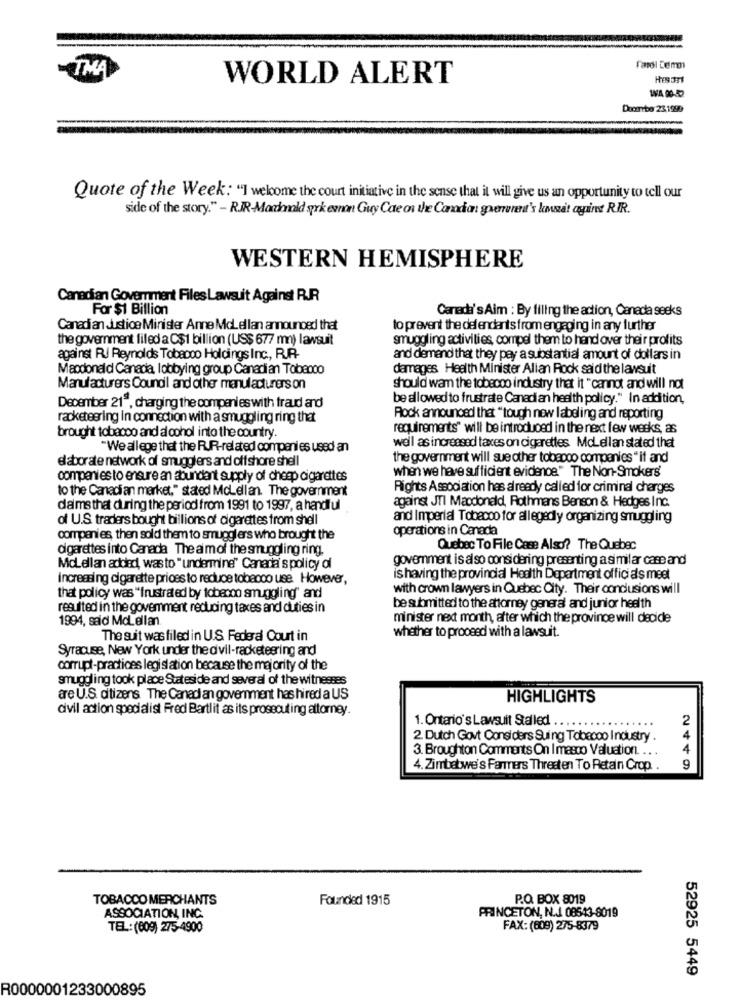
-TMA
farol Demo
WORLD ALERT
Docnebo 23, 1999
Quote of the Week: "I welcome the court initiative in the sense that it will give us an opportunity to tell our
side of the story." - RJR-Macdonald sprk evnon Guy Cate on the Canadian grenvred's lmsit agains RIR.
WESTERN HEMISPHERE
Canadian Government Files Lawsuit Against RJR
For $1 Billion
Canad:'s Aim : By filling the action, Canada seeks
Canadian Justice Minister Anne Mclellan announced that
to prevent the def endants from engaging in any further
the government filed a C$1 billion (US$ 677 mn) lawsuit
smuggling activities, compel them to hand over their profits
against RJ Reynolds Tobacco Holdings Inc ., R.R
and demand that they pay a substantial amount of dollars in
Macdonald Canada, lobbying group Canadian Tobacco
damages Health Minister Allan Rock said the lawsuit
Manufacturers Coundil and other manufacturers on
should wam the tobacco industry that it " cannot and will not
be allowed to frustrate Canadian health policy." In addition,
December 219, charging the companies with fraud and
racketeering in connection with a smuggling ring that
Rock announced that "tough new labeling and reporting
requirements" will be introduced in the next few weeks, as
brought tobacco and alcohol into the country.
"We allege that the RUR-related companies used an
well as increased taxes on cigarettes Mclellan stated that
elaborate network of smugglers and offshore shell
the government will sue other tobacco companies " if and
when we have sufficient evidence" The Non-Smokers'
companies to ensure an abundant supply of cheap cigarettes
to the Canadian market," stated Mclellan. The government
Rights Association has already called for criminal charges
against JTI Macdonald, Rothmans Benson & Hedges Inc.
dams that during the period from 1991 to 1997, a handful
of U.S traders bought billions of cigarettes from shell
and Imperial Tobacco for allegedly organizing smuggling
operations in Canada
companies, then sold them to smugglers who brought the
cigarettes into Canada The aim of the smuggling ring.
Quebec To File Case Also? The Quebec
government is also considering presenting a similar care and
Mclellan added, was to " undermine" Canaria's policy of
increasing cigarette prices to reduce tobacco use However,
is having the provincial Health Department officials meet
with crown lawyers in Quebec City. Their conclusions will
that policy was "frustrated by tobacco smuggling" and
resulted in the govemment reducing taxes and duties in
be submitted to the attorney general and junior health
1994, said Mclellan
minister next month, after which the province will decide
The suit was filled in U.S Federal Court in
whether to proceed with a lawsuit.
Syracuse, New York under the d'vil-racketeering and
corrupt-practices legislation because the majority of the
smuggling took place Stateside and several of the witnesses
are U.S. citizens The Canadian government has hired a US
HIGHLIGHTS
civil action specialist Fred Bartlit as its prosecuting attorney.
1. Ontario's Lawsuit Stalled
.....
....
2. Dutch Govt Considers Suing Tobacco Industry .
3. Broughton Comments On I masco Valuation. .. .
4. Zimbabwe's Farmers Threaten To Retain Crop. .
2449
TOBACCO MERCHANTS
Founded 1915
P.O. BOX 8019
ASSOCIATION, INC.
PRINCETON, N.J. 08543-8019
TEL:(609) 275-4900
FAX: (609) 275-8379
52925 5449
R0000001233000895